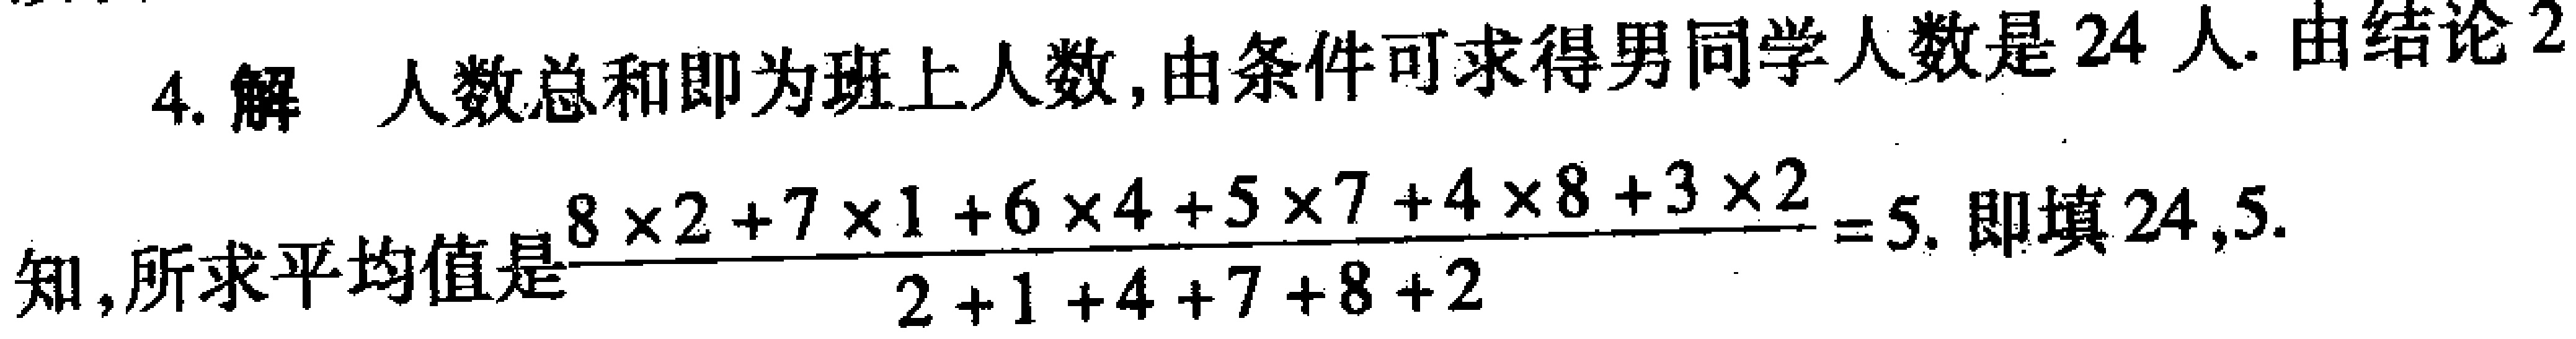
4. 解 人数总和即为班上人数,由条件可求得男同学人数是 24 人. 由结论 2

知,所求平均值是$\frac{8\times2 + 7\times1+6\times4 + 5\times7+4\times8 + 3\times2}{2 + 1+4 + 7+8 + 2}=5$. 即填 24,5.